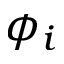
\phi _ { i }